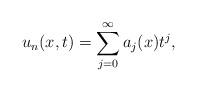
LaTeX: \begin{align*} u_n(x,t)=\sum_{j=0}^{\infty}a_j(x)t^j,\end{align*}